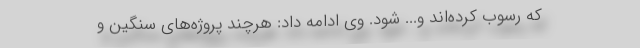
که رسوب کرده‌اند و... شود. وی ادامه داد: هرچند پروژه‌های سنگین و